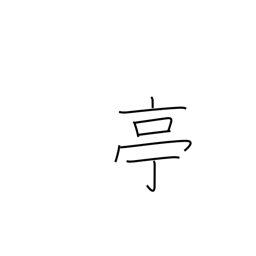
Meaning: stage name